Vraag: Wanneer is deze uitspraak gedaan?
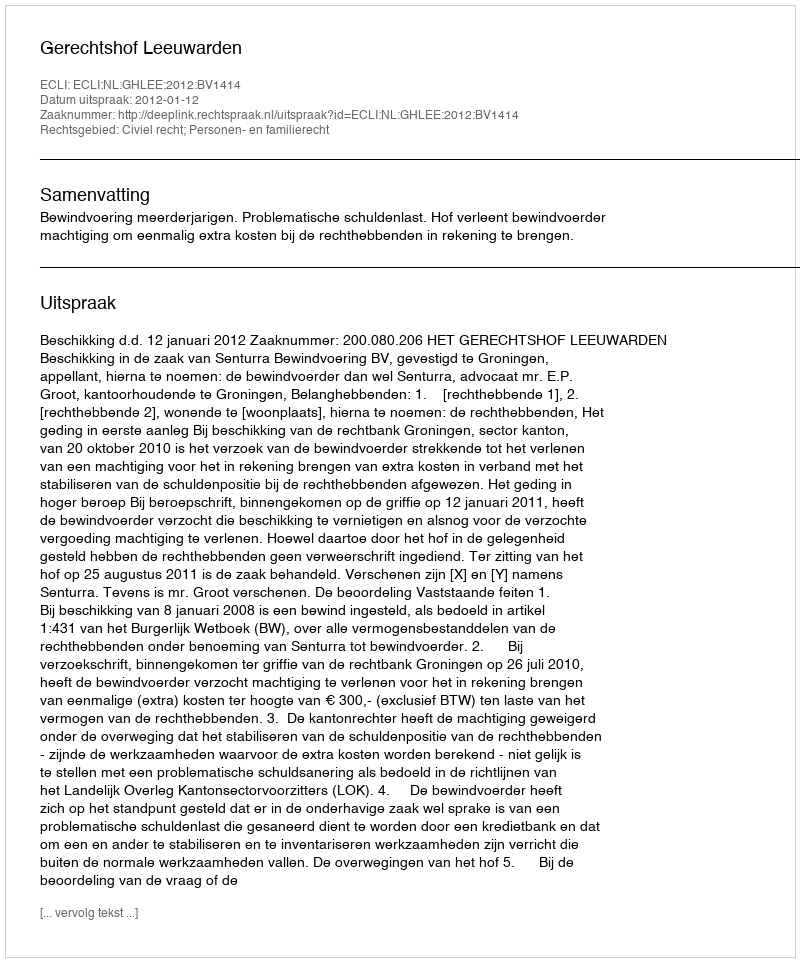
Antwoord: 2012-01-12